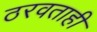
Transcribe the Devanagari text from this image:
ठरवताही